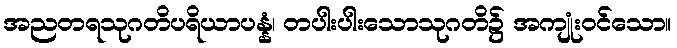
အညတရသုဂတိပရိယာပန္နံ၊ တပါးပါးသောသုဂတိ၌ အကျုံးဝင်သော။